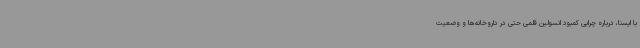
با ایسنا، درباره چرایی کمبود انسولین قلمی حتی در داروخانه‌ها و وضعیت